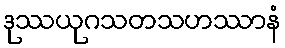
ဒုဿယုဂသတသဟဿာနံ